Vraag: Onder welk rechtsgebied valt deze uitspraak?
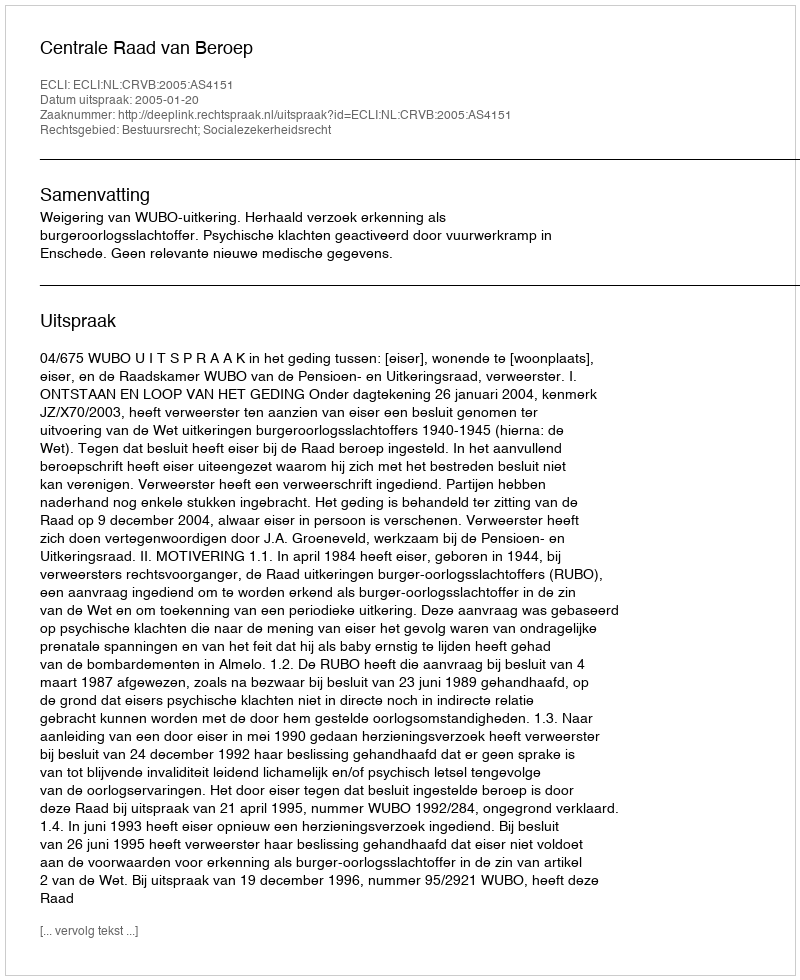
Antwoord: Bestuursrecht; Socialezekerheidsrecht